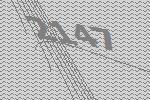
2147